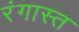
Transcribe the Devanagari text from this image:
रंगास्त